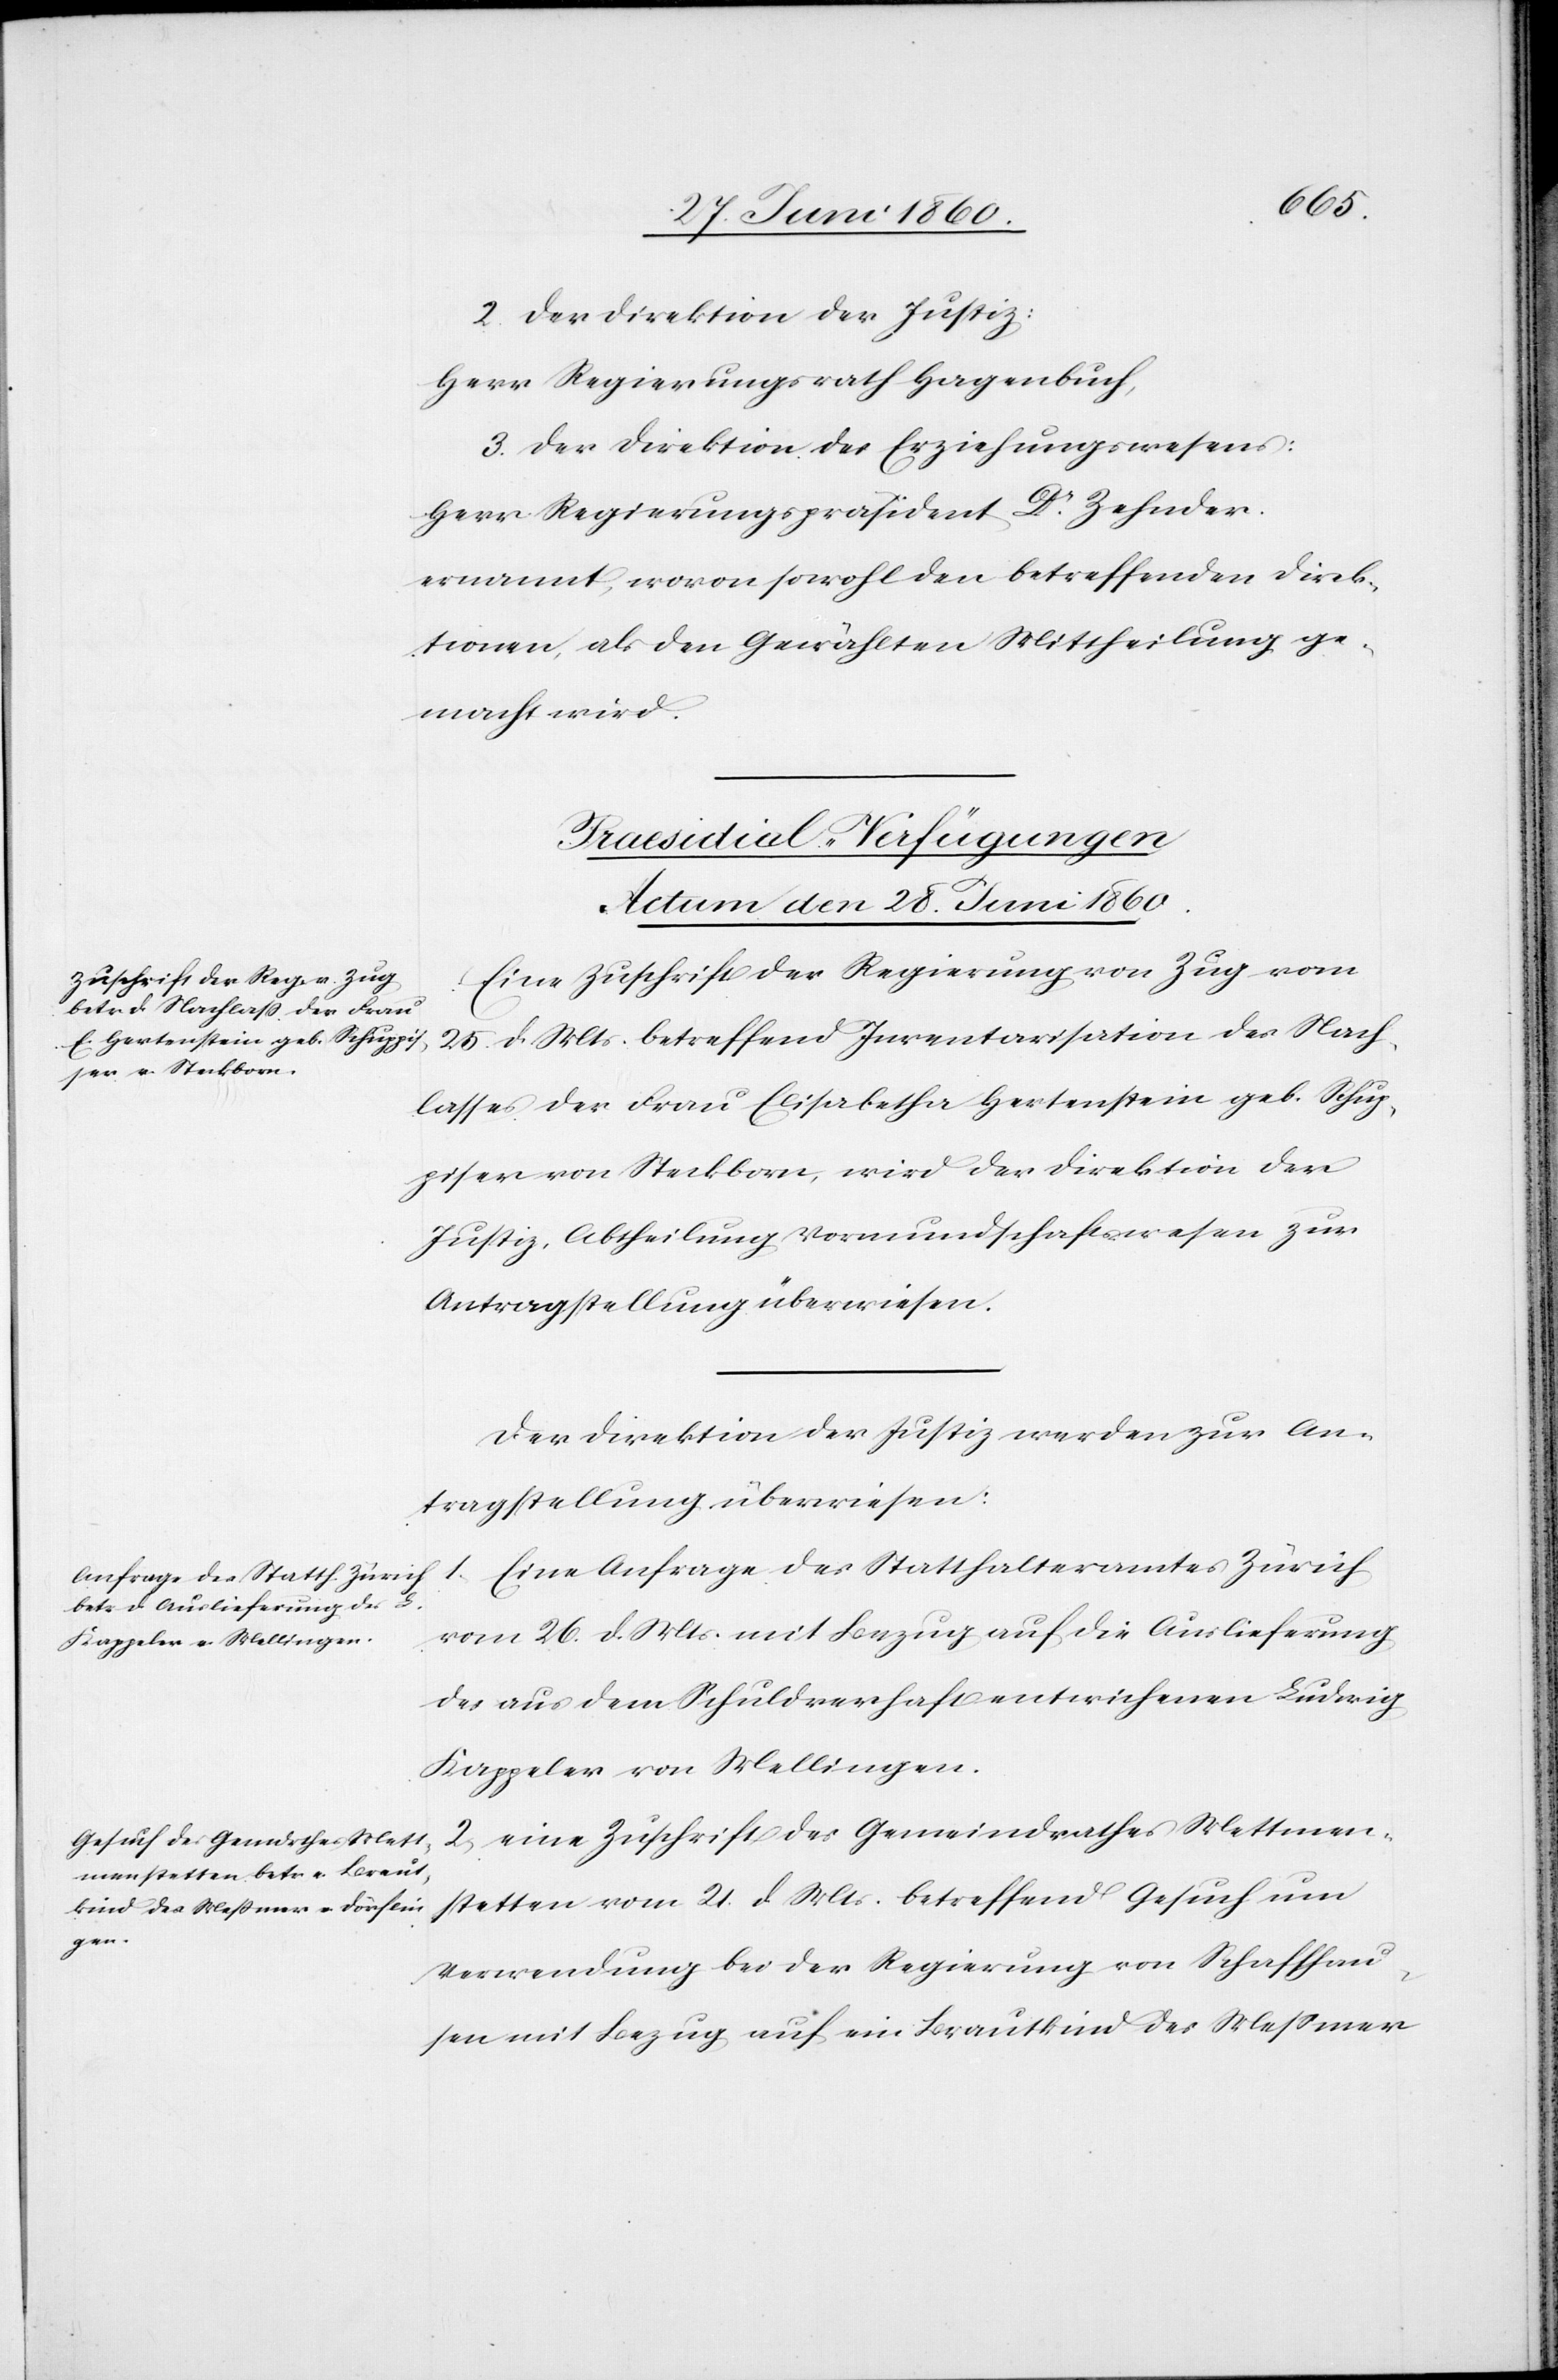
2. Der Direktion der Justiz:
Herr Regierungsrath Hagenbuch,
3. Der Direktion des Erziehungswesens:
Herr Regierungspräsident Dr Zehnder.
ernannt, wovon sowohl den betreffenden Direk¬
tionen, als den Gewählten Mittheilung ge¬
macht wird.
[Praesidial-Verfügungen
Actum den 28. Juni 1860.]
Eine Zuschrift der Regierung von Zug vom
25. d. Mts. betreffend Inventarisation des Nach¬
lasses der Frau Elisabetha Hertenstein geb. Schup¬
piser [sic!] von Steckborn, wird der Direktion der
Justiz, Abtheilung Vormundschaftswesen zur
Antragstellung überwiesen.
Der Direktion der Justiz werden zur An¬
tragstellung überwiesen:
1. Eine Anfrage des Statthalteramtes Zürich
vom 26. d. Mts. mit Bezug auf die Auslieferung
des aus dem Schuldverhaft entwichenen Ludwig
Kappeler von Mellingen.
2. eine Zuschrift des Gemeindrathes Mettmen¬
stetten vom 21. d. Mts. betreffend Gesuch um
Verwendung bei der Regierung von Schaffhau¬
sen mit Bezug auf ein Brautkind des Messmer